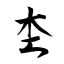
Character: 杢